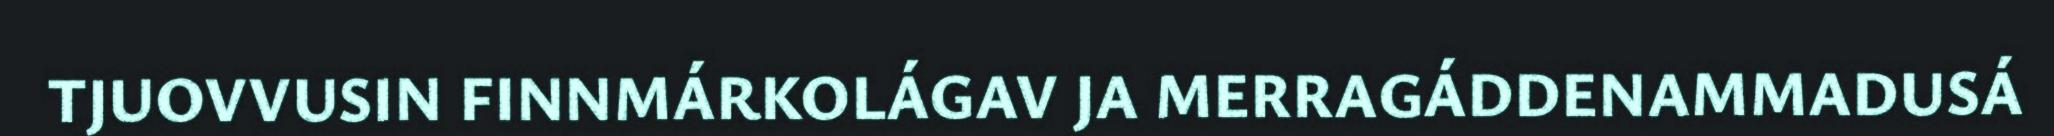
TJUOVVUSIN FINNMÁRKOLÁGAV JA MERRAGÁDDENAMMADUSÁ